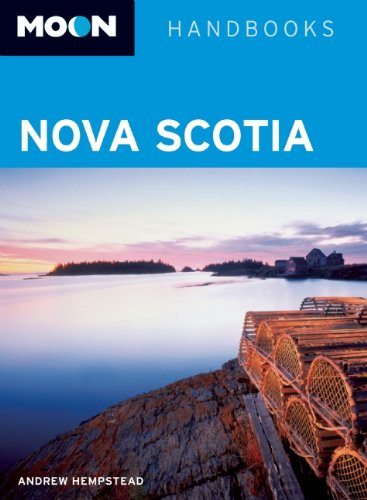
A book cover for Moon Nova Scotia (Moon Handbooks); Andrew Hempstead; Travel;